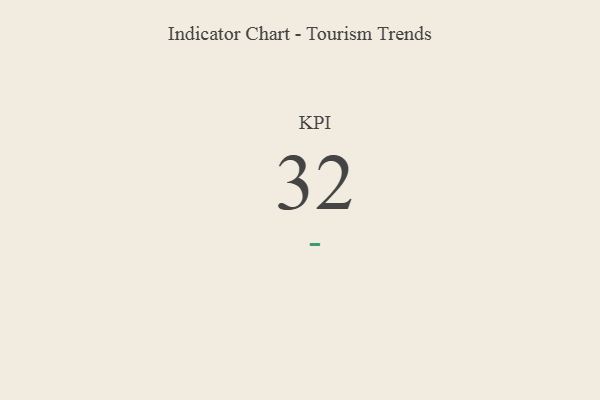
{"axis": {"x": "KPI", "y": "Value"}, "legend": [""], "data": [{"x": "KPI", "y": 32, "type": ""}]}